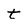
Character: t